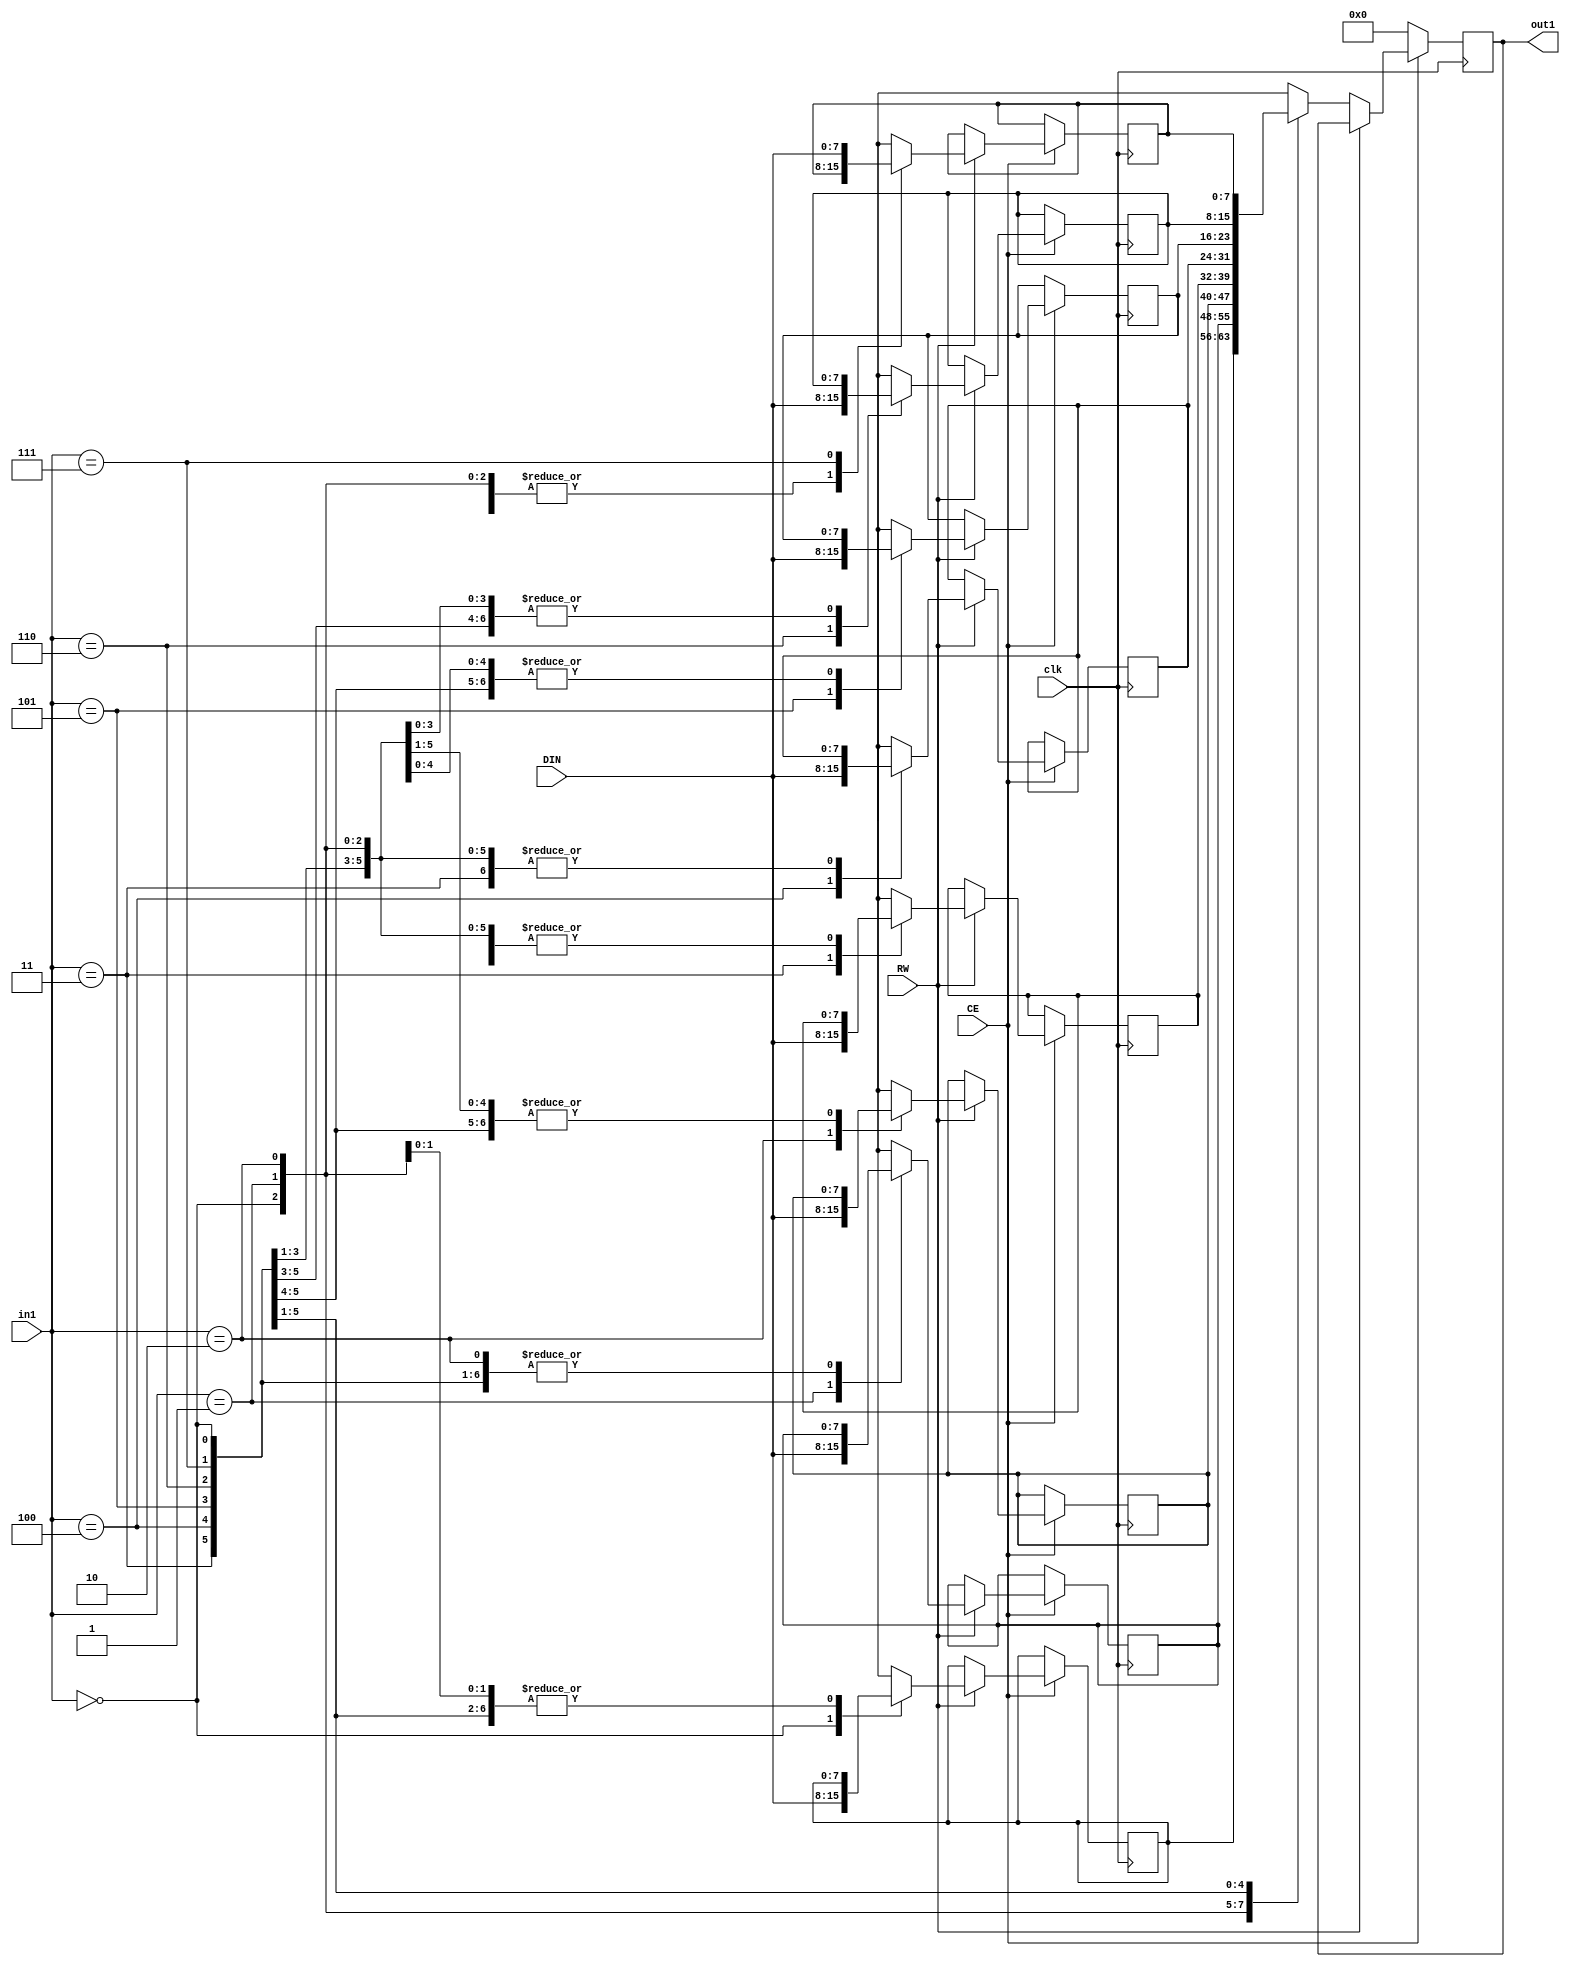
// Generated by stratus_hls 19.12-s100  (91710.131054)
// Sun Apr 24 17:59:21 2022
// from ../DFT_compute.cpp

`timescale 1ps / 1ps

      
module DFT_compute_RAM_8X8_2(DIN, CE, RW, in1, out1, clk);

      input [7:0] DIN;
      input CE;
      input RW;
      input [2:0] in1;
      input clk;
      output [7:0] out1;
      reg [7:0] out1;
      reg[7:0] mem[7:0];

         always @(posedge clk)
          begin :DFT_compute_RAM_8X8_2_thread_1
            if (CE) begin
               if (RW) begin
                  mem[in1] = DIN;
               end
               else begin
                  out1 <= mem[in1];
               end
            end
            else begin
               out1 <= 8'd000;
            end
         end


endmodule